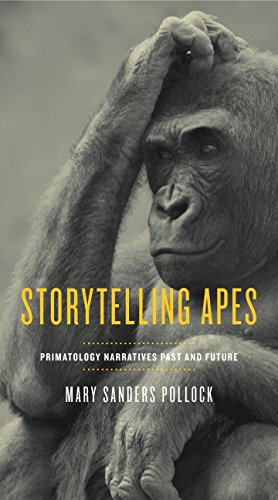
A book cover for Storytelling Apes: Primatology Narratives Past and Future (Animalibus: Of Animals and Cultures); Mary Sanders Pollock; Science & Math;